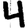
Digit: 4